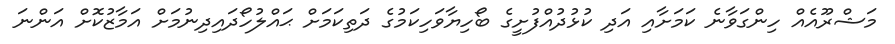
މަޝްރޫއެއް ހިންގަވާނެ ކަމަށާއި އަދި ކުޅުދުއްފުށީގެ ބޯހިޔާވަހިކަމުގެ ދަތިކަމަށް ޙައްލުހޯދައިދިނުމަށް އަމާޒުކޮށް އަންނަ